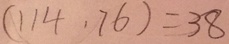
( 1 1 4 . 7 6 ) = 3 8